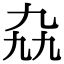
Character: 𫡤